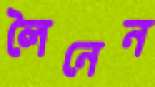
লৈনেন